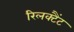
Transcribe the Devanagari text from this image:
रिलक्टैंट